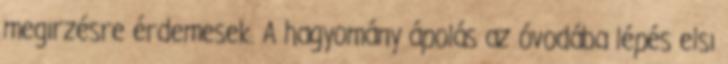
megırzésre érdemesek. A hagyomány ápolás az óvodába lépés elsı